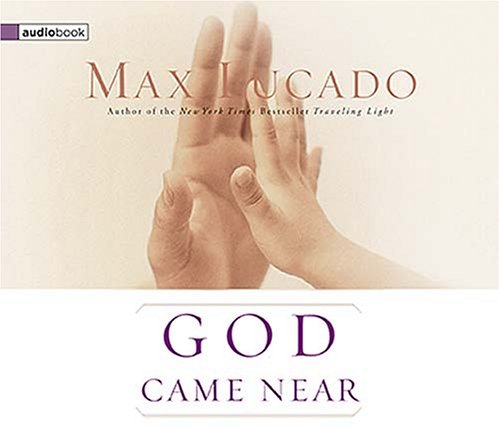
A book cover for God Came Near; Max Lucado; Christian Books & Bibles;